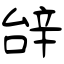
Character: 辝